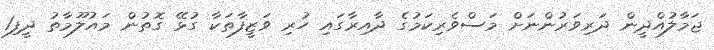
ޖަމާލުއްދީން ދަރިވަރުންނަށް މަސްވެރިކަމުގެ ދާއިރާގައި ހުރި ވަޒީފާތަކާ ގުޅޭ ގޮތުން މައުލޫމާތު ދީފި1